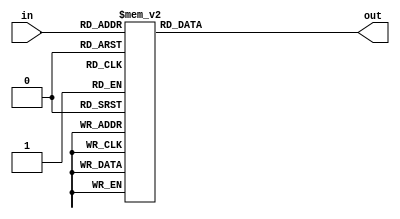
module sumador3bits(
	input [0:2] in,
	output reg [0:1] out,
);

always @(in)

begin

case(in)

	3'b000: out = 2'b00;
	3'b001: out = 2'b01;
	3'b010: out = 2'b01;
	3'b011: out = 2'b10;
	3'b100: out = 2'b01;
	3'b101: out = 2'b10;
	3'b110: out = 2'b10;
	3'b111: out = 2'b11;
	default: out = 2'b00;
	
endcase

end

endmodule